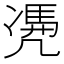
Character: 𠙥